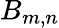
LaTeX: B_{m,n}